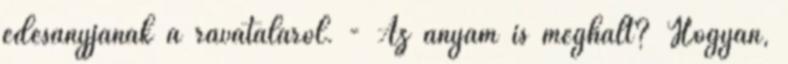
édesanyjának a ravataláról. - Az anyám is meghalt? Hogyan,